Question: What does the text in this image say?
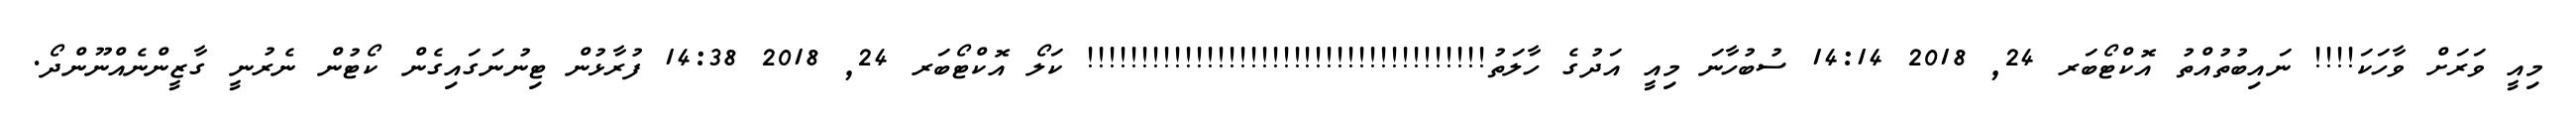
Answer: މިއީ ވަރަށް ވާހަކަ!!!! ނައިބުތުއްތު އޮކްޓޯބަރ 24, 2018 14:14 ސުބުހާނަ މިއީ އަދުގެ ހާލަތު!!!!!!!!!!!!!!!!!!!!!!!!!!!!!!!!!!!!! ކަލޯ އޮކްޓޯބަރ 24, 2018 14:38 ފުރާޅުން ޓިނުނަގައިގެން ކޯޓުން ނެރުނީ ގާޒީންނެއްނޫންދޯ.